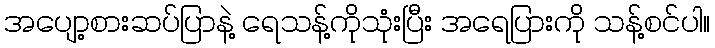
အပျော့စားဆပ်ပြာနဲ့ ရေသန့်ကိုသုံးပြီး အရေပြားကို သန့်စင်ပါ။